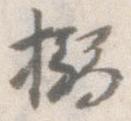
搦